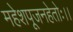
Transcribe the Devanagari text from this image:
महेशपूजनहेतोः।।